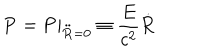
LaTeX: { \bf P } = \left. { \bf P } \right| _ { { \bf \ddot { R } } = 0 } \equiv \frac { E } { c ^ { 2 } } { \bf \dot { R } }